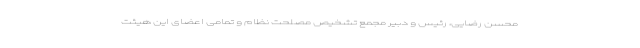
محسن رضایی، رئیس و دبیر مجمع تشخیص مصلحت نظام و تمامی اعضای این هیئت